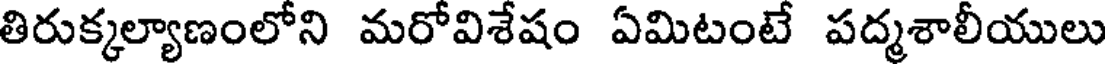
తిరుక్కల్యాణంలోని మరోవిశేషం ఏమిటంటే పద్మశాలీయులు